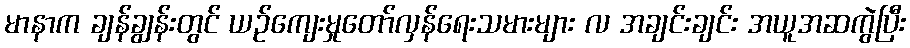
မာနာက ချန်ချွန်းတွင် ယဉ်ကျေးမှုတော်လှန်ရေးသမားများ လ အချင်းချင်း အယူအဆကွဲပြီး